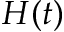
H ( t )